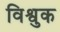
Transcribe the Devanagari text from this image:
विश्वुक